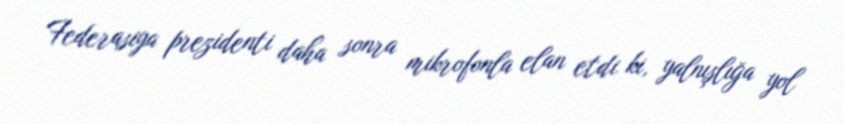
Federasiya prezidenti daha sonra mikrofonla elan etdi ki, yalnışlığa yol